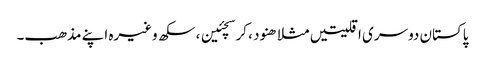
پاکستان دوسری اقلیتیں مثلا ھنود ، کرسچئین ، سکھ وغیرہ اپنے مذھب۔